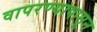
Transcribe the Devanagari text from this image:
वापरण्यापासून